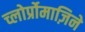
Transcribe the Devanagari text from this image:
च्लोर्प्रोमाज़िने